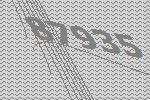
87935